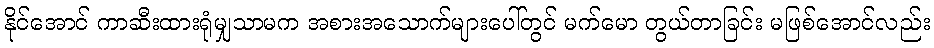
နိုင်အောင် ကာဆီးထားရုံမျှသာမက အစားအသောက်များပေါ်တွင် မက်မော တွယ်တာခြင်း မဖြစ်အောင်လည်း